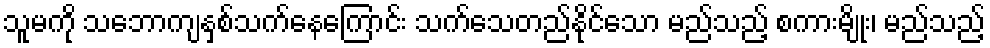
သူမကို သဘောကျနှစ်သက်နေကြောင်း သက်သေတည်နိုင်သော မည်သည့် စကားမျိုး၊ မည်သည့်